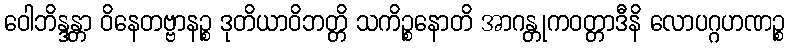
ဝေါဘိန္ဒန္တာ ဝိနေတဗ္ဗာနဉ္စ ဒုတိယာဝိဘတ္တိ သကိဉ္စနောတိ အာဂန္တုကဝတ္တာဒီနိ လောပဂ္ဂဟဏဉ္စ